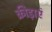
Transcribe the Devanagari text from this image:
क्रीड़ाएं